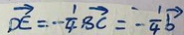
\overrightarrow { D E } = - \frac { 1 } { 4 } \overrightarrow { B C } = - \frac { 1 } { 4 } \overrightarrow { b }